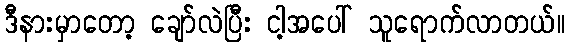
ဒီနားမှာတော့ ချော်လဲပြီး ငါ့အပေါ် သူရောက်လာတယ်။